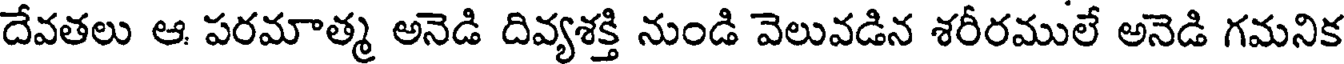
దేవతలు ఆ పరమాత్మ అనెడి దివ్యశక్తి నుండి వెలువడిన శరీరములే అనెడి గమనిక